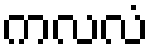
ကလလံ